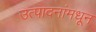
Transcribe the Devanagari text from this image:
उत्पादनांमधून